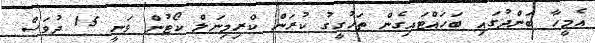
އެމީހާ ބަންދުގައި ބަހައްޓައިގެން ތަހުގީގު ކުރަން ކްރިމިނަލް ކޯޓުން ވަނީ 15 ދުވަސް